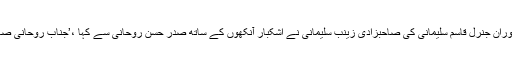
اسی دوران جنرل قاسم سلیمانی کی صاحبزادی زینب سلیمانی نے اشکبار آنکھوں کے ساتھ صدر حسن روحانی سے کہا ،’جناب روحانی صاحب !